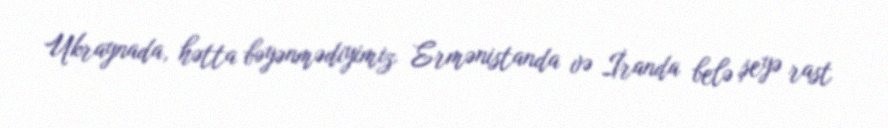
Ukraynada, hətta bəyənmədiyimiz Ermənistanda və İranda belə şeyə rast